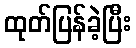
ထုတ်ပြန်ခဲ့ပြီး